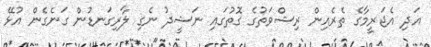
އަދި އެޖަރީމާގެ ތެރެއިން ރިޝްވަތުގެ ގޮތުގައި ނަޝީދު ނެގި ލާރިގަނޑުން ގަނެގެން އުޅޭ